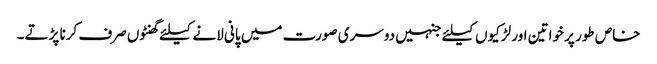
خاص طور پر خواتین اور لڑکیوں کیلئے جنہیں دوسری صورت میں پانی لانے کیلئے گھنٹوں صرف کرنا پڑتے۔